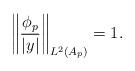
LaTeX: \begin{align*}\left\|\frac{\phi_{p}}{|y|}\right\|_{L^2(A_p)}=1.\end{align*}